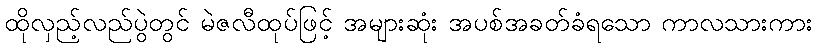
ထိုလှည့်လည်ပွဲတွင် မဲဇလီထုပ်ဖြင့် အများဆုံး အပစ်အခတ်ခံရသော ကာလသားကား